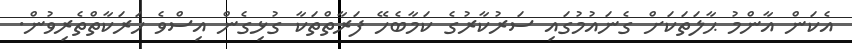
އެކަން އާންމު ޙާލަތަކަށް ގެނައުމުގައި ސަރުކާރުގެ ކަމާބެހޭ ފަރާތްތަކާ ގުޅިގެން އިސްވެ ހަރަކާތްތެރިވުން.